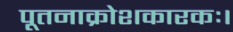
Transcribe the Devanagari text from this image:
पूतनाक्रोशकारकः।